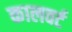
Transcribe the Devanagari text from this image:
कालवर्ट